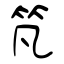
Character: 竼